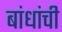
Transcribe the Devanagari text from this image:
बांधांची